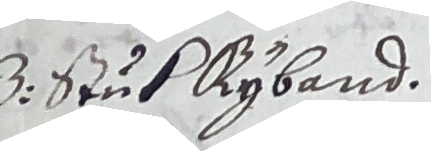
3. Stub Ryband.